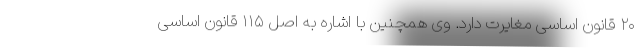
۲۰ قانون اساسی مغایرت دارد. وی همچنین با اشاره به اصل ۱۱۵ قانون اساسی